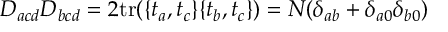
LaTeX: D _ { a c d } D _ { b c d } = 2 \mathrm { t r } ( \{ t _ { a } , t _ { c } \} \{ t _ { b } , t _ { c } \} ) = N ( \delta _ { a b } + \delta _ { a 0 } \delta _ { b 0 } )